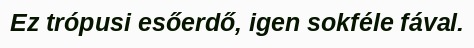
Ez trópusi esőerdő, igen sokféle fával.